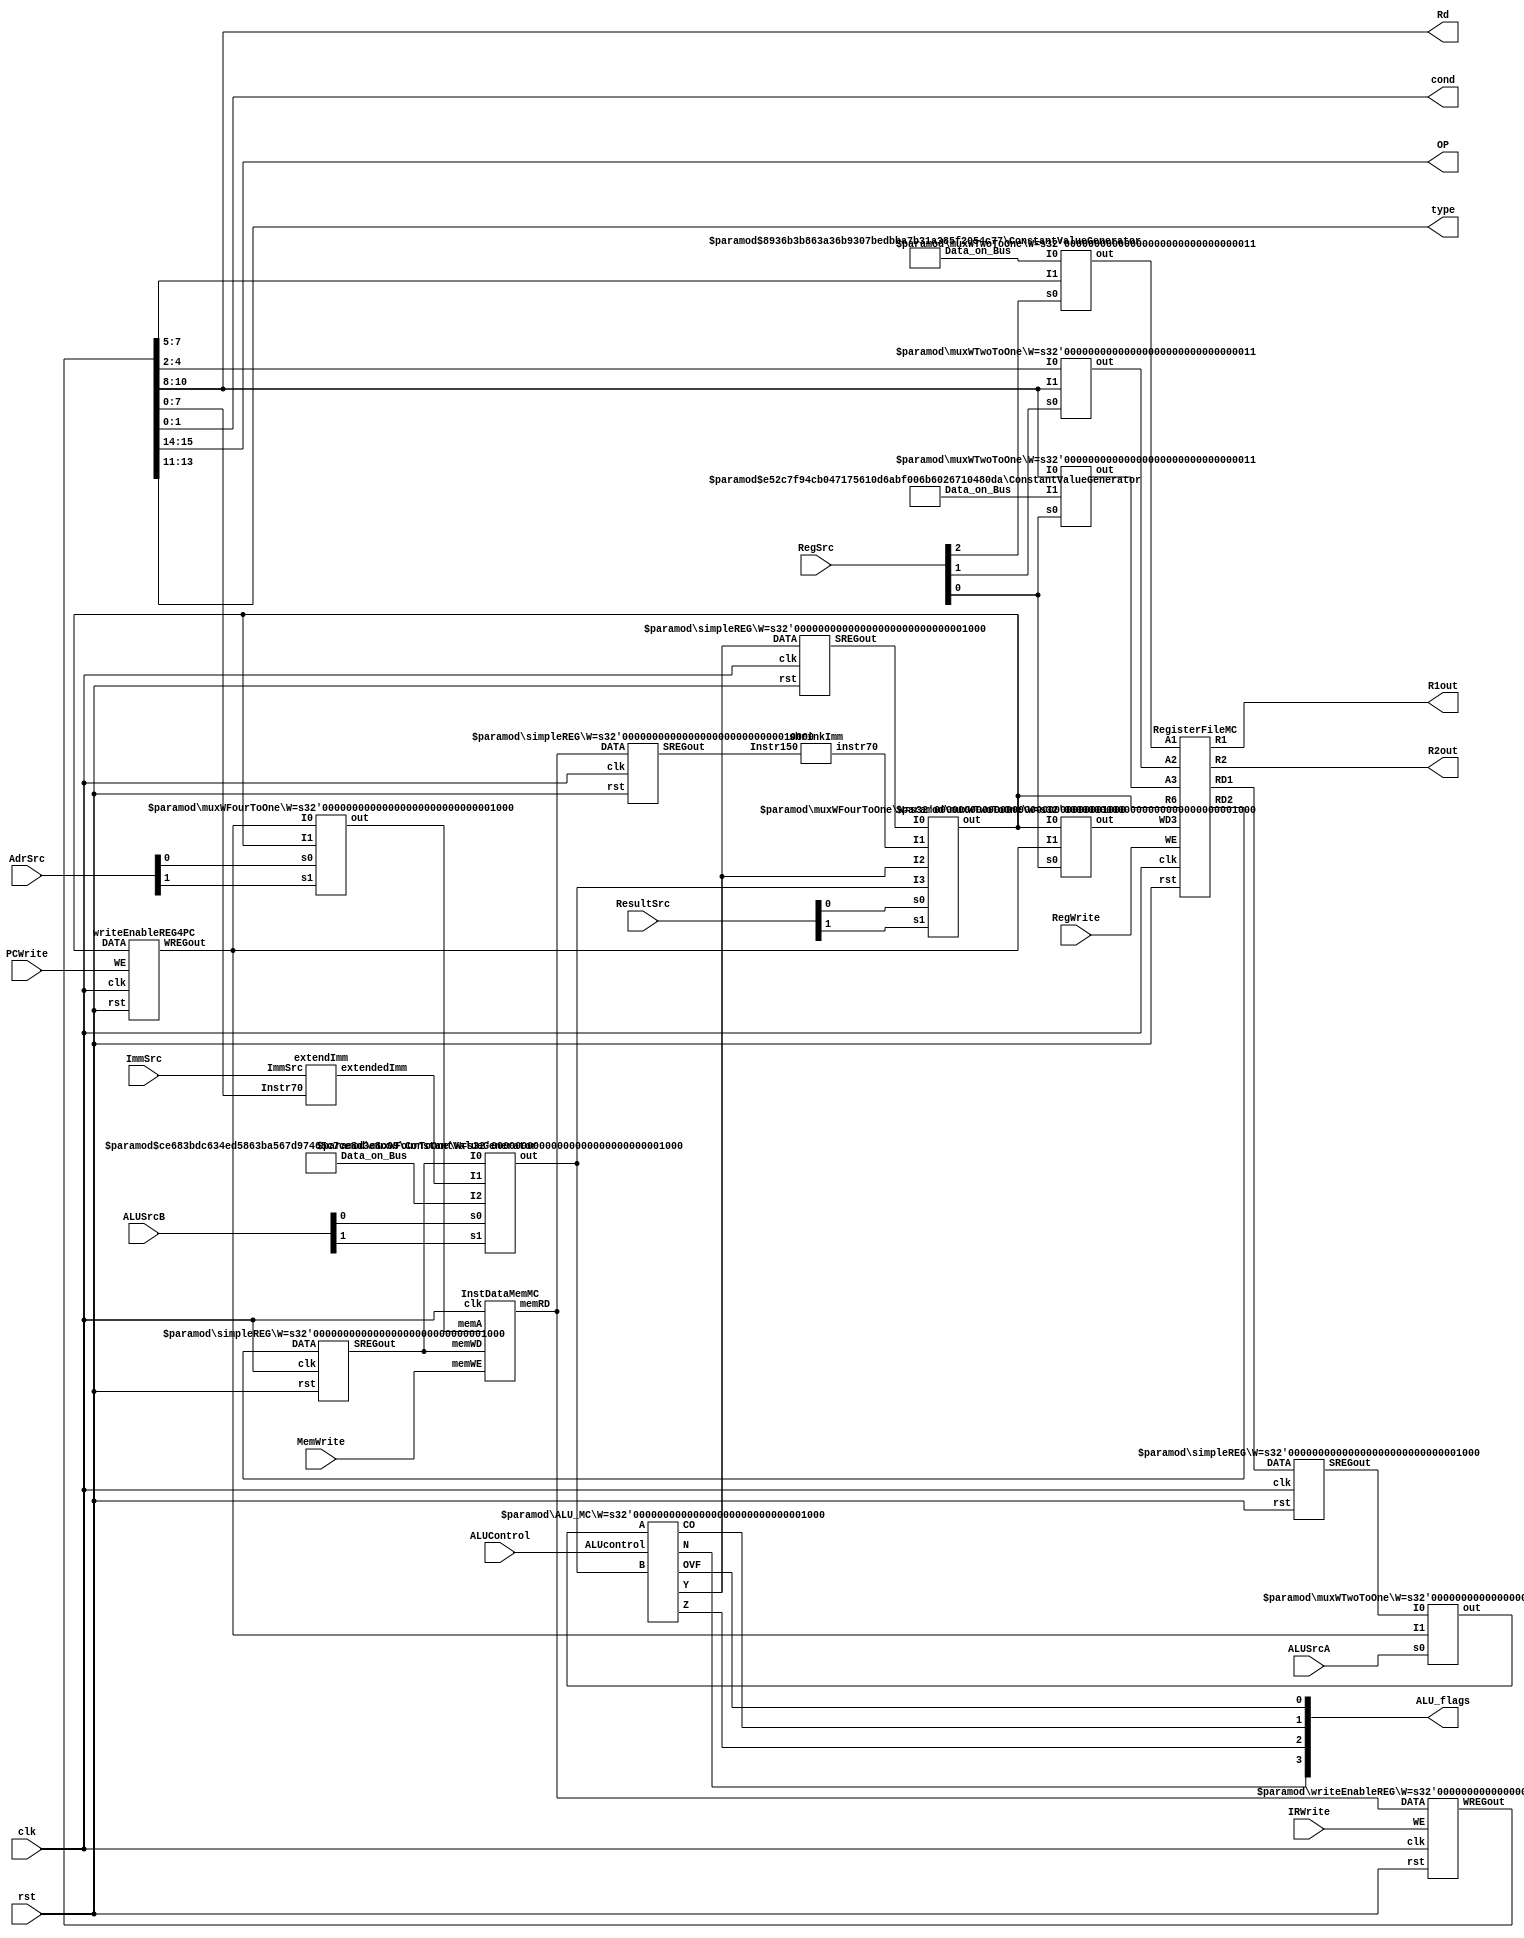
module multi_cycle_datapath(
	clk,
	rst,
	//control signal inputs
	PCWrite,
	MemWrite,
	IRWrite,
	ImmSrc,
	RegWrite,
	ALUSrcA,
	AdrSrc,
	ALUControl,
	ALUSrcB,
	RegSrc,
	ResultSrc,
	
	//desmostration purpose registers
	R1out,
	R2out,
	
	//controller inputs which is output for the datapath
	ALU_flags,
	cond,
	OP,
	type,
	Rd
	
);


input wire	clk;
input wire	rst;
input wire	PCWrite;
input wire	MemWrite;
input wire	IRWrite;
input wire	ImmSrc;
input wire	RegWrite;
input wire	ALUSrcA;
input wire	[1:0] AdrSrc;
input wire	[3:0] ALUControl;
input wire	[1:0] ALUSrcB;
input wire	[2:0] RegSrc;
input wire	[1:0] ResultSrc;

output wire	[7:0] R1out;
output wire	[7:0] R2out;

output wire [1:0]  cond;
output wire [1:0]  OP;
output wire [2:0]  type;
output wire	[3:0]  ALU_flags;
output wire [2:0]  Rd;



wire	[15:0] WREGout;
wire	[3:0] X;
wire	[7:0] SYNTHESIZED_WIRE_0;
wire	[7:0] SYNTHESIZED_WIRE_31;
wire	[7:0] SYNTHESIZED_WIRE_2;
wire	[7:0] SYNTHESIZED_WIRE_3;
wire	[7:0] SYNTHESIZED_WIRE_32;
wire	[2:0] SYNTHESIZED_WIRE_5;
wire	[2:0] SYNTHESIZED_WIRE_6;
wire	[7:0] SYNTHESIZED_WIRE_33;
wire	[7:0] SYNTHESIZED_WIRE_34;
wire	[7:0] SYNTHESIZED_WIRE_9;
wire	[15:0] SYNTHESIZED_WIRE_11;
wire	[2:0] SYNTHESIZED_WIRE_12;
wire	[2:0] SYNTHESIZED_WIRE_13;
wire	[2:0] SYNTHESIZED_WIRE_14;
wire	[7:0] SYNTHESIZED_WIRE_16;
wire	[7:0] SYNTHESIZED_WIRE_17;
wire	[7:0] SYNTHESIZED_WIRE_35;
wire	[7:0] SYNTHESIZED_WIRE_22;
wire	[7:0] SYNTHESIZED_WIRE_23;
wire	[7:0] SYNTHESIZED_WIRE_24;
wire	[7:0] SYNTHESIZED_WIRE_25;
wire	[15:0] SYNTHESIZED_WIRE_36;





InstDataMemMC	b2v_inst(
	.clk(clk),
	.memWE(MemWrite),
	.memA(SYNTHESIZED_WIRE_0),
	.memWD(SYNTHESIZED_WIRE_31),
	.memRD(SYNTHESIZED_WIRE_36));


simpleREG	b2v_inst10(
	.clk(clk),
	.rst(rst),
	.DATA(SYNTHESIZED_WIRE_2),
	.SREGout(SYNTHESIZED_WIRE_9));
	defparam	b2v_inst10.W = 8;


simpleREG	b2v_inst11(
	.clk(clk),
	.rst(rst),
	.DATA(SYNTHESIZED_WIRE_3),
	.SREGout(SYNTHESIZED_WIRE_31));
	defparam	b2v_inst11.W = 8;


simpleREG	b2v_inst12(
	.clk(clk),
	.rst(rst),
	.DATA(SYNTHESIZED_WIRE_32),
	.SREGout(SYNTHESIZED_WIRE_24));
	defparam	b2v_inst12.W = 8;


muxWTwoToOne	b2v_inst13(
	.s0(RegSrc[2]),
	.I0(SYNTHESIZED_WIRE_5),
	.I1(WREGout[7:5]),
	.out(SYNTHESIZED_WIRE_12));
	defparam	b2v_inst13.W = 3;


muxWTwoToOne	b2v_inst14(
	.s0(RegSrc[1]),
	.I0(WREGout[4:2]),
	.I1(WREGout[10:8]),
	.out(SYNTHESIZED_WIRE_13));
	defparam	b2v_inst14.W = 3;


muxWTwoToOne	b2v_inst15(
	.s0(RegSrc[0]),
	.I0(WREGout[10:8]),
	.I1(SYNTHESIZED_WIRE_6),
	.out(SYNTHESIZED_WIRE_14));
	defparam	b2v_inst15.W = 3;


muxWTwoToOne	b2v_inst16(
	.s0(RegSrc[0]),
	.I0(SYNTHESIZED_WIRE_33),
	.I1(SYNTHESIZED_WIRE_34),
	.out(SYNTHESIZED_WIRE_16));
	defparam	b2v_inst16.W = 8;


extendImm	b2v_inst17(
	.ImmSrc(ImmSrc),
	.Instr70(WREGout[7:0]),
	.extendedImm(SYNTHESIZED_WIRE_22));


muxWTwoToOne	b2v_inst18(
	.s0(ALUSrcA),
	.I0(SYNTHESIZED_WIRE_9),
	.I1(SYNTHESIZED_WIRE_34),
	.out(SYNTHESIZED_WIRE_17));
	defparam	b2v_inst18.W = 8;


shrinkImm	b2v_inst19(
	.Instr150(SYNTHESIZED_WIRE_11),
	.instr70(SYNTHESIZED_WIRE_25));


RegisterFileMC	b2v_inst2(
	.clk(clk),
	.rst(rst),
	.WE(RegWrite),
	.A1(SYNTHESIZED_WIRE_12),
	.A2(SYNTHESIZED_WIRE_13),
	.A3(SYNTHESIZED_WIRE_14),
	.R6(SYNTHESIZED_WIRE_33),
	.WD3(SYNTHESIZED_WIRE_16),
	.R1(R1out),
	.R2(R2out),
	.RD1(SYNTHESIZED_WIRE_2),
	.RD2(SYNTHESIZED_WIRE_3));


ConstantValueGenerator	b2v_inst20(
	.Data_on_Bus(SYNTHESIZED_WIRE_5));
	defparam	b2v_inst20.BUS_DATA = 3'b110;
	defparam	b2v_inst20.DATA_WIDTH = 3;


ConstantValueGenerator	b2v_inst21(
	.Data_on_Bus(SYNTHESIZED_WIRE_6));
	defparam	b2v_inst21.BUS_DATA = 3'b111;
	defparam	b2v_inst21.DATA_WIDTH = 3;


ConstantValueGenerator	b2v_inst22(
	.Data_on_Bus(SYNTHESIZED_WIRE_23));
	defparam	b2v_inst22.BUS_DATA = 3'b100;
	defparam	b2v_inst22.DATA_WIDTH = 8;


ALU_MC	b2v_inst3(
	.A(SYNTHESIZED_WIRE_17),
	.ALUcontrol(ALUControl),
	.B(SYNTHESIZED_WIRE_35),
	.N(X[3]),
	.Z(X[2]),
	.CO(X[1]),
	.OVF(X[0]),
	.Y(SYNTHESIZED_WIRE_32));
	defparam	b2v_inst3.W = 8;


muxWFourToOne	b2v_inst4(
	.s0(AdrSrc[0]),
	.s1(AdrSrc[1]),
	.I0(SYNTHESIZED_WIRE_34),
	.I1(SYNTHESIZED_WIRE_33),
	
	
	.out(SYNTHESIZED_WIRE_0));
	defparam	b2v_inst4.W = 8;


muxWFourToOne	b2v_inst5(
	.s0(ALUSrcB[0]),
	.s1(ALUSrcB[1]),
	.I0(SYNTHESIZED_WIRE_31),
	.I1(SYNTHESIZED_WIRE_22),
	.I2(SYNTHESIZED_WIRE_23),
	
	.out(SYNTHESIZED_WIRE_35));
	defparam	b2v_inst5.W = 8;


muxWFourToOne	b2v_inst6(
	.s0(ResultSrc[0]),
	.s1(ResultSrc[1]),
	.I0(SYNTHESIZED_WIRE_24),
	.I1(SYNTHESIZED_WIRE_25),
	.I2(SYNTHESIZED_WIRE_32),
	.I3(SYNTHESIZED_WIRE_35),
	.out(SYNTHESIZED_WIRE_33));
	defparam	b2v_inst6.W = 8;


writeEnableREG	b2v_inst7(
	.clk(clk),
	.rst(rst),
	.WE(IRWrite),
	.DATA(SYNTHESIZED_WIRE_36),
	.WREGout(WREGout));
	defparam	b2v_inst7.W = 16;


simpleREG	b2v_inst9(
	.clk(clk),
	.rst(rst),
	.DATA(SYNTHESIZED_WIRE_36),
	.SREGout(SYNTHESIZED_WIRE_11));
	defparam	b2v_inst9.W = 16;


writeEnableREG4PC	b2v_PCregister(
	.clk(clk),
	.rst(rst),
	.WE(PCWrite),
	.DATA(SYNTHESIZED_WIRE_33),
	.WREGout(SYNTHESIZED_WIRE_34));

	//assignment for the required controller inputs
assign	ALU_flags = X;
assign cond = WREGout[1:0];
assign OP = WREGout[15:14];
assign type = WREGout[13:11];
assign  Rd=WREGout[10:8];






endmodule
/*for the pc counter initialize with 0*/
module writeEnableREG4PC (DATA,clk,rst,WREGout,WE);
input rst,clk,WE;
input [7:0] DATA;
output reg [7:0] WREGout=8'b00000000;


always @(posedge clk)//due to sync reset issue
begin
	if(rst==1)
		begin
			WREGout<=0;
		end
	
	if(WE==1)
		begin
			WREGout<=DATA;
		end
			

end

endmodule






module ALU_MC #(parameter W=8) (ALUcontrol,A,B,Y,N,Z,CO,OVF);
//negative and zero bits are affected by ALU op
//CO and OVF are affected by arithmetics
input [3:0] ALUcontrol;
input [W-1:0] A,B;
output reg [W-1:0] Y; //output
output reg CO,OVF,N,Z; //cpsr
wire [W-1:0] Bcomp=~B; //bitwise not
wire [W-1:0] Acomp=~A; //bitwise not
reg E;
always @(*)
begin
	case(ALUcontrol)
	4'b0000: //add
	begin
		//update the overflow bit according to the signs
				{CO, Y} = A + B;
					if (A[W-1] ~^ B[W-1]) //if the signs are the same
						OVF = Y[W-1] ^ A[W-1];
					else
						OVF = 0;	
						
		
	end
	4'b0001: //subt a-b
	begin
//update the overflow bit according to the signs
					{CO, Y} = A + Bcomp+1;
					if ((A[W-1] ^ B[W-1]))
						OVF = Y[W-1] ^ A[W-1];
					else
						OVF = 0;
	end
	4'b0010: 
	begin   
			Y=A&B;   //and
			CO=0;
			OVF=0;

	end
	
		4'b0011: 
	begin   
	
			Y=A|B;   //or
			CO=0;
			OVF=0;
	
			
	end
		
		4'b0100: 
	begin   
	
			Y=A^B;   //xor
			CO=0;
			OVF=0;
	
			
	end
	
	4'b0101: 
	begin   
	
			Y=0;   //clear
			CO=0;
			OVF=0;
	
			
	end
	
	4'b0110: 
	begin   
	
			Y={A[6:0],A[7]};   //rol
			CO=0;
			OVF=0;
	
			
	end
	
		4'b0111: 
	begin   
	
			Y={A[0],A[7:1]};   //ror
			CO=0;
			OVF=0;
	
			
	end
	
	
	4'b1000:  //shift left lsl
	begin
		   Y=A<<1;
			CO=0;
			OVF=0;
	end

	4'b1001:  //shift right lsr
	begin
			Y=A>>1;
			CO=0;
			OVF=0;
	end

	
	4'b1010:	
	begin
			Y={A[7],A[7:1]};   //arithmetic shift right
			CO=0;
			OVF=0;
	end
	
	
	endcase
end


always @(*)
begin
		N = Y[W-1];
		Z = ~|Y;
end

endmodule

module extendImm
(
//data,shift no needfor the extendedImm
//memory inst imm5 for the ldr and str
//memory inst imm8 for the immediate
//branch no need to extend
//input port
input  	  ImmSrc,
input  	  [7:0]	Instr70, 
//output port
output    [7:0]  extendedImm
);
//ImmSrc 1 no change
//ImmSrc 0 imm5
assign extendedImm=ImmSrc ? Instr70 :{3'b0,Instr70[4:0]};


endmodule

//DATA MEMORY

 module InstDataMemMC  
 (  	// input ports
      input                clk,  
      input     [7:0]      memA,//memory address according to the address write or read occur    
      input     [7:0]      memWD,//memory write data, it specifies the memory data which can be written  
      input                memWE,//memory write enable  
      // output port 
      output    [15:0]      memRD  
 );  
      
		
      reg 		 [15:0] 		 DATAmem  [255:0]; 	
		
		//also maximum PC value is 252
		//however PC values are 0-4-8...252
		//memWD values are extended to 16 bits 
		//initialize the memory
	
		integer i;  
      initial
		  begin  
				//instructionMemory initialization
				//we have 16 bits in the memORY it is used instruction
				//instructions
			
					//instructions for the subroutine 2
					DATAmem[0]	=  16'b1000_0010_0110_0000; //ldr r2,[r3]
					DATAmem[4]	=  16'b0000_0001_0010_1000; //add rd 1 rn 1 rm 2  then result is " 3" 3=0+3
					DATAmem[8]	=  16'b0000_0011_0111_0000; //add rd 3 rn 4 rm 3  then result r3+4
					DATAmem[12]	=  16'b1000_0010_0110_0100; //ldr r2,[r3]
					DATAmem[16]	=  16'b0000_0001_0010_1000; //add rd 1 rn 1 rm 2  then result is " 8" 8=5+3
					DATAmem[20]	=  16'b0000_0011_0111_0000; //add rd 3 rn 4 rm 3  then result r3+4
					DATAmem[24]	=  16'b1000_0010_0110_1000; //ldr r2,[r3]
					DATAmem[28]	=  16'b0000_0001_0010_1000; //add rd 1 rn 1 rm 2  then result is " 15" 15=7+8
					DATAmem[32]	=  16'b0000_0011_0111_0000; //add rd 3 rn 4 rm 3  then result r3+4
					DATAmem[36]	=  16'b1000_0010_0110_1100; //ldr r2,[r3]
					DATAmem[40]	=  16'b0000_0001_0010_1000; //add rd 1 rn 1 rm 2  then result is " 24" 24=9+15
					DATAmem[44]	=  16'b0000_0011_0111_0000; //add rd 3 rn 4 rm 3  then result r3+4
					DATAmem[48]	=  16'b1000_0010_0111_0000; //ldr r2,[r3]
					DATAmem[52]	=  16'b0000_0001_0010_1000; //add rd 1 rn 1 rm 2  then result is " 35" 35=24+11
					DATAmem[56]	=  16'b1111_1111_1111_1111;
					
					
					
					//memory 
					DATAmem[112]	=  16'b0000_0000_0000_0011;//3
					DATAmem[116]	=  16'b0000_0000_0000_0011;
					DATAmem[120]	=  16'b0000_0000_0000_0101;
					DATAmem[124]	=  16'b0000_0000_0000_0101;
					DATAmem[128]	=  16'b0000_0000_0000_0111;
					DATAmem[132]	=  16'b0000_0000_0000_0111;
					DATAmem[136]	=  16'b0000_0000_0000_1001;
					DATAmem[140]	=  16'b0000_0000_0000_1001;
					DATAmem[144]	=  16'b0000_0000_0000_1011;
					DATAmem[148]	=  16'b0000_0000_0000_1011;//11
					
					
					
//data memory initialization
//data initialization
//instructions at the 0 4 8 12 ... 252 therefore others can be assigned randomly
           for(i=0;i<256;i=i+1)  
			  begin
					if(i%3'd4!=0)
						begin
							DATAmem[i] = i; 
						end
			  end
                
		  end  
			/*	
		initial begin
		$readmemh("memory.txt",DATAmem,0,255);
		end 
					*/
    

		//memory write operation
      always @(posedge clk) begin  
           if (memWE)  
			  begin
               DATAmem[memA] = {8'b0,memWD};//extended value is stored the memory 
			  end 
			  else
			  begin
			  //nothing
			  end
      end 
		
      assign memRD = DATAmem[memA]; //it provides the data which is specified by the address  
		
 endmodule  
 
 
 
/*
Implement a W-bit 2 to 1 and a W-bit 4 to 1 multiplexers, where W is a parameter specifying the
data width of the input.
*/
module muxWFourToOne #(parameter W=1)(s0,s1,I0,I1,I2,I3,out);

input s0;
input s1;
input [W-1:0] I0;
input [W-1:0] I1;
input [W-1:0] I2;
input [W-1:0] I3;

output reg [W-1:0] out;
wire [1:0] sel ={s1,s0};



always @(s0 or s1 or I0 or I1 or I2 or I3)
	begin
		 case (sel)
		 2'b00 : out = I0; 
		 2'b01 : out = I1; 
		 2'b10 : out = I2; 
		 2'b11 : out = I3; 
		 endcase
	end

endmodule



/*
Implement a W-bit 2 to 1 and a W-bit 4 to 1 multiplexers, where W is a parameter specifying the
data width of the input.
*/
module muxWTwoToOne #(parameter W=1)(s0,I1,I0,out);

input [W-1:0] I1;
input [W-1:0] I0;
input s0;
output [W-1:0] out;

assign out=s0 ? I1 : I0;

endmodule



module RegisterFileMC
 (   //input ports
      input                    clk,  
      input                    rst,  
      input                    WE,  //write enable signal
      input          [2:0]     A1 ,  
		input          [2:0]     A2,  
		input          [2:0]     A3,  
      input          [7:0]    WD3,  
      //output ports 
      output         [7:0]    RD1,    
      output         [7:0]    RD2,
		
		//demostration purposes
		output         [7:0]    R1,    
      output         [7:0]    R2,
		
		input 			[7:0]	   R6
 );  
      
		
		reg     			[7:0]    register_R [7:0]; //8 bits width and 8 bits length  
   
      always @ (posedge clk or posedge rst) begin  
		
           if(rst) begin  
			      //general purpose registers
               register_R[0] = 8'b0;
					register_R[1] = 8'b0;
					register_R[2] = 8'b0;
					register_R[3] = 8'b01110000; //112 
					
					register_R[4] = 8'b0000_0100; //4
					register_R[5] = 8'b00111111; //63
					
					
					//link register
					register_R[7] = 8'b0;
					
					//pc represent the r6
					
           end  
			  
           else 
			  begin  
                if(WE) 
					 begin
                     register_R[A3] <= WD3;  //if WE is equal to 1 then corresponding register is written
                end  
           end  
			  
      end  
      assign RD1 = (A1==3'b110) ? R6:register_R[A1];  //read data 1
      assign RD2 = register_R[A2];  //read data 2
		assign R1 = register_R[1]; 
      assign R2 = register_R[2]; 
 endmodule   

 module shrinkImm
(

input  	 [15:0]	Instr150, 
//output port
output    [7:0]  instr70
);

assign instr70=Instr150[7:0];


endmodule
 

//it creates the constant value
module ConstantValueGenerator #(parameter DATA_WIDTH = 1,parameter BUS_DATA = 0) ( 
//port declerations
output wire [DATA_WIDTH-1:0] Data_on_Bus 
);
//assign DATA_BUS to the bus
assign Data_on_Bus [DATA_WIDTH-1:0]=BUS_DATA;

endmodule

module simpleREG #(parameter W=1) (DATA,clk,rst,SREGout);
input rst,clk;
input [W-1:0] DATA;
output reg [W-1:0] SREGout;


always @(posedge clk)
begin
	if(rst==1)
		begin
			SREGout<=0;
		end
	else
		begin
		
			SREGout<=DATA;
		end

end

endmodule


module writeEnableREG #(parameter W=1) (DATA,clk,rst,WREGout,WE);
input rst,clk,WE;
input [W-1:0] DATA;
output reg [W-1:0] WREGout;


always @(posedge clk)//due to sync reset issue
begin
	if(rst==1)
		begin
			WREGout<=0;
		end
	else
		begin
		
			if(WE==1)
				begin
					WREGout<=DATA;
				end
			
		end

end

endmodule